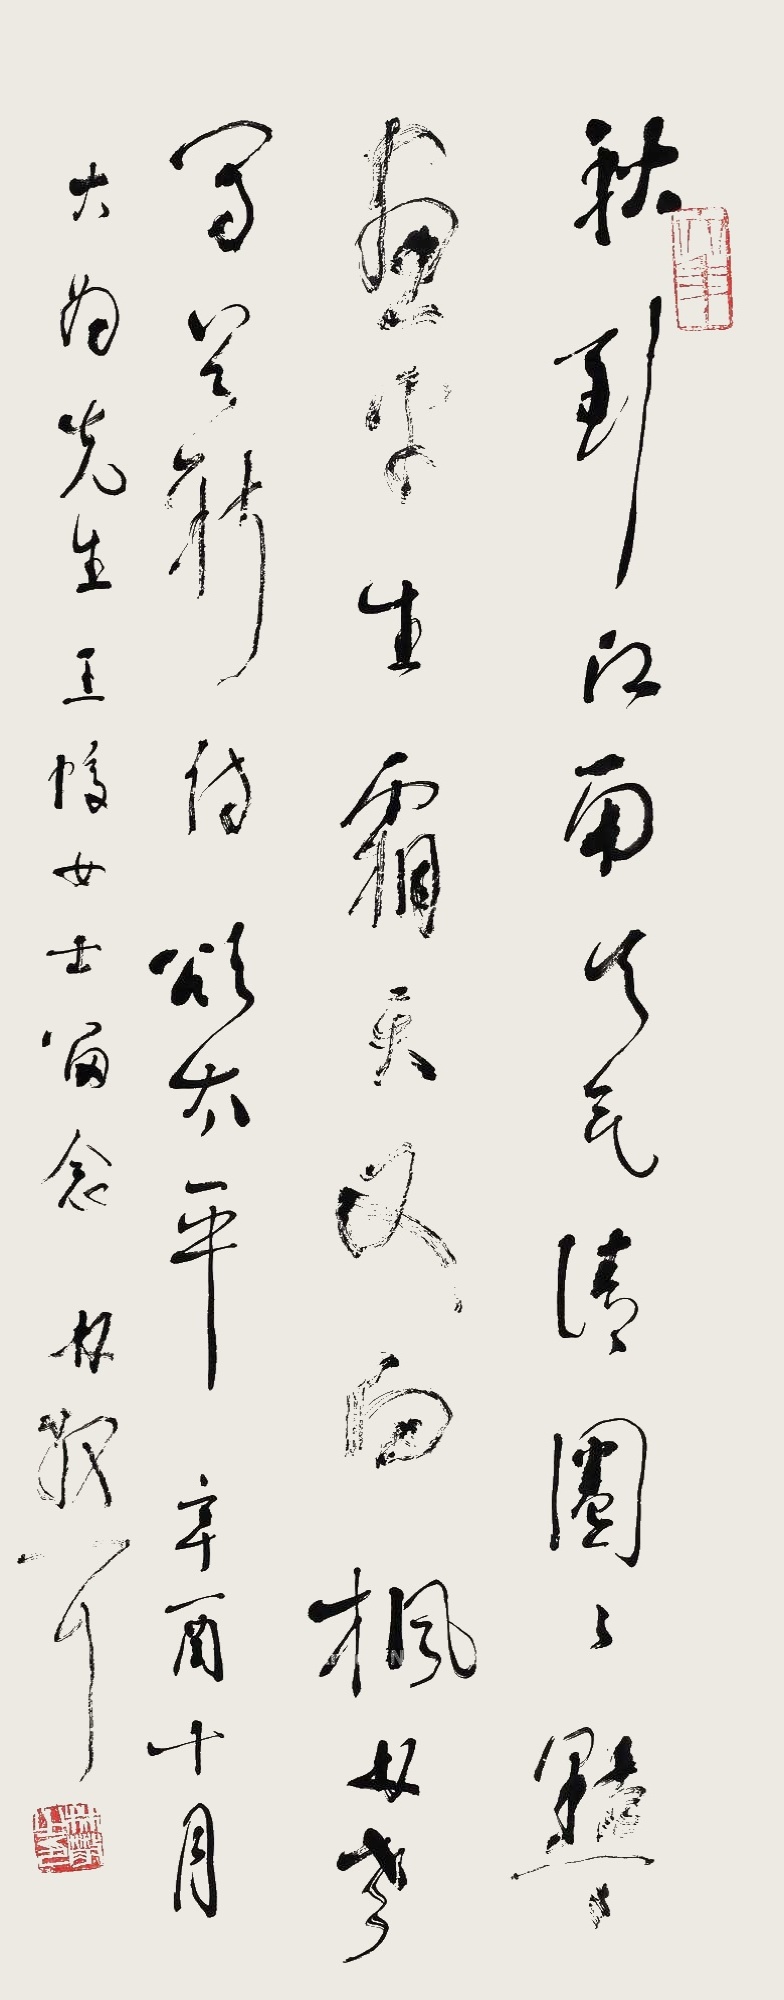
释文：秋到江南天气清，圈圈点点画平生。霜天又向枫林老，写首新诗颂太平。辛酉十月，大为先生、王蛟女士留念，林散耳。